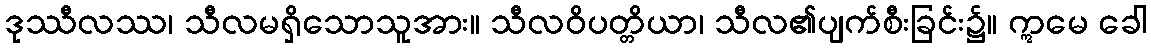
ဒုဿီလဿ၊ သီလမရှိသောသူအား။ သီလဝိပတ္တိယာ၊ သီလ၏ပျက်စီးခြင်း၌။ ဣမေ ခေါ